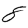
Digit: 8